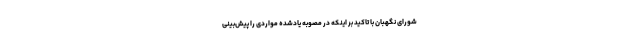
شورای نگهبان با تاکید بر اینکه در مصوبه یادشده مواردی را پیش‌بینی